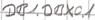
Text: DB1.DBX0.1